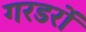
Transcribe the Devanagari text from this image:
गरडरों